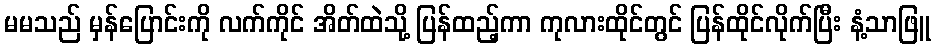
မမသည် မှန်ပြောင်းကို လက်ကိုင် အိတ်ထဲသို့ ပြန်ထည့်ကာ ကုလားထိုင်တွင် ပြန်ထိုင်လိုက်ပြီး နံ့သာဖြူ